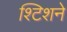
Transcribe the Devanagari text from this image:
श्टिशने